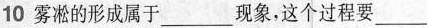
10 雾凇的形成属于___现象，这个过程要___